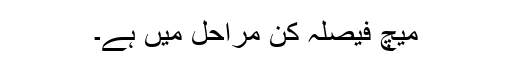
میچ فیصلہ کن مراحل میں ہے۔